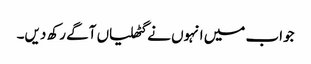
جواب میں انہوں نے گٹھلیاں آگے رکھ دیں۔